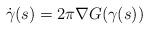
LaTeX: \begin{align*}\dot\gamma(s)=2\pi\nabla G(\gamma(s))\end{align*}